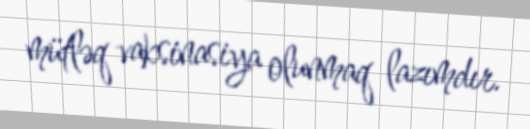
mütləq vaksinasiya olunmaq lazımdır.